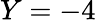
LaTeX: Y=-4